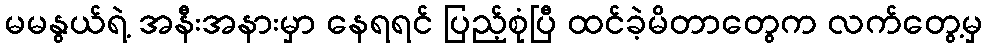
မမနွယ်ရဲ့ အနီးအနားမှာ နေရရင် ပြည့်စုံပြီ ထင်ခဲ့မိတာတွေက လက်တွေ့မှ